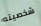
شخصيته